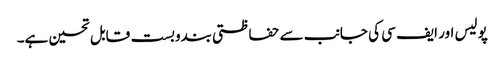
پولیس اور ایف سی کی جانب سے حفاظتی بندوبست قابل تحسین ہے۔